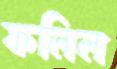
ফলিল